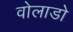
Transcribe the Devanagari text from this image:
वोलाडो